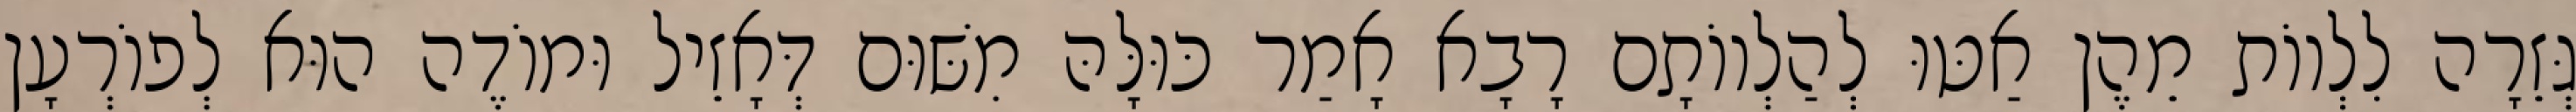
גְּזֵרָה לִלְווֹת מֵהֶן אַטּוּ לְהַלְווֹתָם רָבָא אָמַר כּוּלָּהּ מִשּׁוּם דְּאָזֵיל וּמוֹדֶה הוּא לְפוֹרְעָן